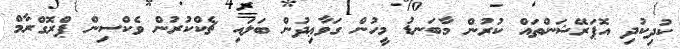
ކުދިކުދި އޮޕަރޭޝަންތައް ކުރުން މާބަނޑު މީހުން ގަވާޢިދުން ބަލައި ޗެކްކުރުން ވެކްސިން ޕްރޮގްރާމް